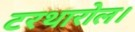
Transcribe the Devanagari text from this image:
टरथारोल।